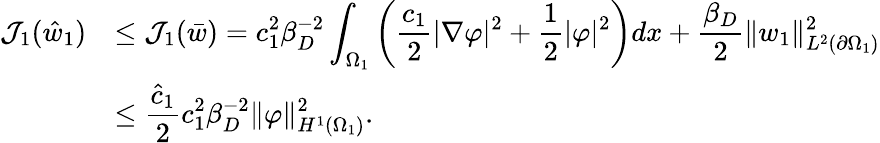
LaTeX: \begin{array}{rl}{\mathcal{J}_{1}(\hat{w}_{1})}&{\displaystyle\leq\mathcal{J}_{1}(\bar{w})=c_{1}^{2}\beta_{D}^{-2}\int_{\Omega_{1}}\left(\frac{c_{1}}{2}|\nabla\varphi|^{2}+\frac 12|\varphi|^{2}\right)dx+\frac{\beta_{D}}{2}\lVert w_{1}\rVert_{L^{2}(\partial\Omega_{1})}^{2}}\\ &{\displaystyle\leq\frac{\hat{c}_{1}}{2}c_{1}^{2}\beta_{D}^{-2}\lVert\varphi\rVert_{H^{1}(\Omega_{1})}^{2}.}\end{array}